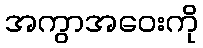
အကွာအဝေးကို